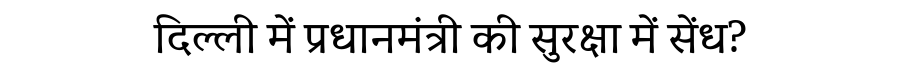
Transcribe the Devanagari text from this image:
दिल्ली में प्रधानमंत्री की सुरक्षा में सेंध?